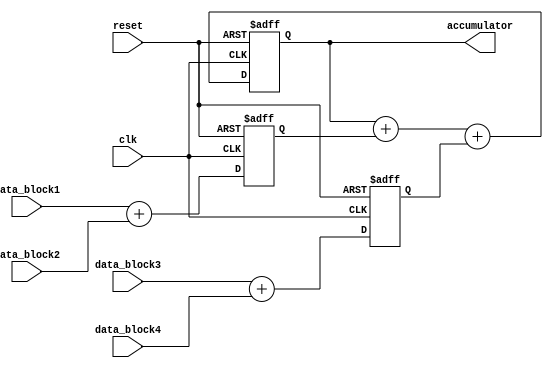
module Parallel_Accumulator(
    input wire clk,
    input wire reset,
    input wire [7:0] data_block1,
    input wire [7:0] data_block2,
    input wire [7:0] data_block3,
    input wire [7:0] data_block4,
    output reg [15:0] accumulator
);

// Declare internal signals
reg [7:0] sum1, sum2, sum3;

// Arithmetic block 1
always @ (posedge clk or posedge reset) begin
    if (reset) begin
        sum1 <= 8'b0;
    end else begin
        sum1 <= data_block1 + data_block2;
    end
end

// Arithmetic block 2
always @ (posedge clk or posedge reset) begin
    if (reset) begin
        sum2 <= 8'b0;
    end else begin
        sum2 <= data_block3 + data_block4;
    end
end

// Accumulation
always @ (posedge clk or posedge reset) begin
    if (reset) begin
        accumulator <= 16'b0;
    end else begin
        accumulator <= accumulator + sum1 + sum2;
    end
end

endmodule